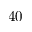
4 0